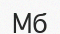
Мб